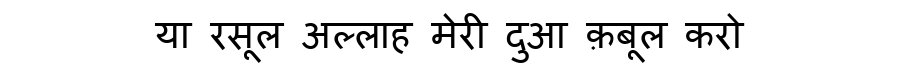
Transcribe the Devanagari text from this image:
या रसूल अल्लाह मेरी दुआ क़बूल करो